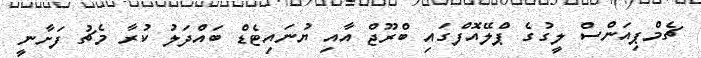
ޗެމްޕިއަންސް ލީގުގެ ޕްލޭއޮފްގައި ބްރޫޖް އާއި ޔުނައިޓެޑް ބައްދަލު ކުރާ މެޗު ފަށާނީ